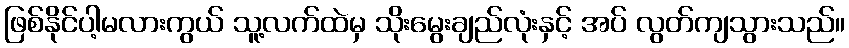
ဖြစ်နိုင်ပါ့မလားကွယ် သူ့လက်ထဲမှ သိုးမွေးချည်လုံးနှင့် အပ် လွတ်ကျသွားသည်။